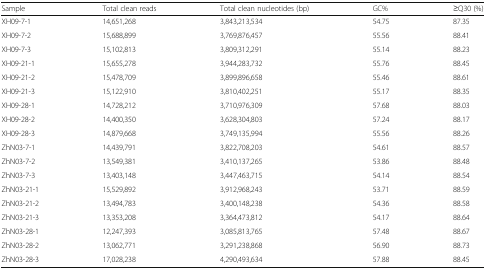
<table><thead><tr><td><b>Sample</b></td><td><b>Total clean reads</b></td><td><b>Total clean nucleotides (bp)</b></td><td><b>GC%</b></td><td><b>≥Q30 (%)</b></td></tr></thead><tbody><tr><td>XH09-7-1</td><td>14,651,268</td><td>3,843,213,534</td><td>54.75</td><td>87.35</td></tr><tr><td>XH09-7-2</td><td>15,688,899</td><td>3,769,876,457</td><td>55.56</td><td>88.41</td></tr><tr><td>XH09-7-3</td><td>15,102,813</td><td>3,809,312,291</td><td>55.14</td><td>88.23</td></tr><tr><td>XH09-21-1</td><td>15,655,278</td><td>3,944,283,732</td><td>55.76</td><td>88.45</td></tr><tr><td>XH09-21-2</td><td>15,478,709</td><td>3,899,896,658</td><td>55.46</td><td>88.61</td></tr><tr><td>XH09-21-3</td><td>15,122,910</td><td>3,810,402,251</td><td>55.17</td><td>88.35</td></tr><tr><td>XH09-28-1</td><td>14,728,212</td><td>3,710,976,309</td><td>57.68</td><td>88.03</td></tr><tr><td>XH09-28-2</td><td>14,400,350</td><td>3,628,304,803</td><td>57.24</td><td>88.17</td></tr><tr><td>XH09-28-3</td><td>14,879,668</td><td>3,749,135,994</td><td>55.56</td><td>88.26</td></tr><tr><td>ZhN03-7-1</td><td>14,439,791</td><td>3,822,708,203</td><td>54.61</td><td>88.57</td></tr><tr><td>ZhN03-7-2</td><td>13,549,381</td><td>3,410,137,265</td><td>53.86</td><td>88.48</td></tr><tr><td>ZhN03-7-3</td><td>13,403,148</td><td>3,447,463,715</td><td>54.14</td><td>88.54</td></tr><tr><td>ZhN03-21-1</td><td>15,529,892</td><td>3,912,968,243</td><td>53.71</td><td>88.59</td></tr><tr><td>ZhN03-21-2</td><td>13,494,783</td><td>3,400,148,238</td><td>54.36</td><td>88.58</td></tr><tr><td>ZhN03-21-3</td><td>13,353,208</td><td>3,364,473,812</td><td>54.17</td><td>88.64</td></tr><tr><td>ZhN03-28-1</td><td>12,247,393</td><td>3,085,813,765</td><td>57.48</td><td>88.67</td></tr><tr><td>ZhN03-28-2</td><td>13,062,771</td><td>3,291,238,868</td><td>56.90</td><td>88.73</td></tr><tr><td>ZhN03-28-3</td><td>17,028,238</td><td>4,290,493,634</td><td>57.88</td><td>88.45</td></tr></tbody></table>